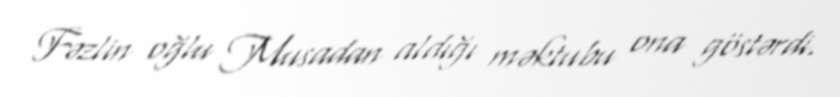
Fəzlin oğlu Musadan aldığı məktubu ona göstərdi.